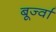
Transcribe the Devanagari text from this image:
बूर्ज्वा